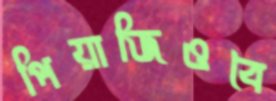
পিয়াজিওবৈ